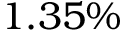
1 . 3 5 \%